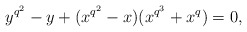
\begin{align*}y^{q^2}-y+(x^{q^2}-x)(x^{q^3}+x^q)=0,\end{align*}